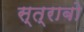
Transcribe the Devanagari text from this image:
स्त्राबो